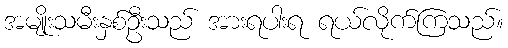
အမျိုးသမီးနှစ်ဦးသည် အားရပါးရ ရယ်လိုက်ကြသည်။